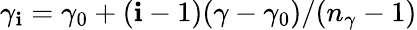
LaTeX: \gamma_{\mathbf{i}}=\gamma_{0}+(\mathbf{i}-1)(\gamma-\gamma_{0})/(n_{\gamma}-1)